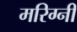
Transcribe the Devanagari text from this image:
मरिग्नी